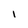
Character: I